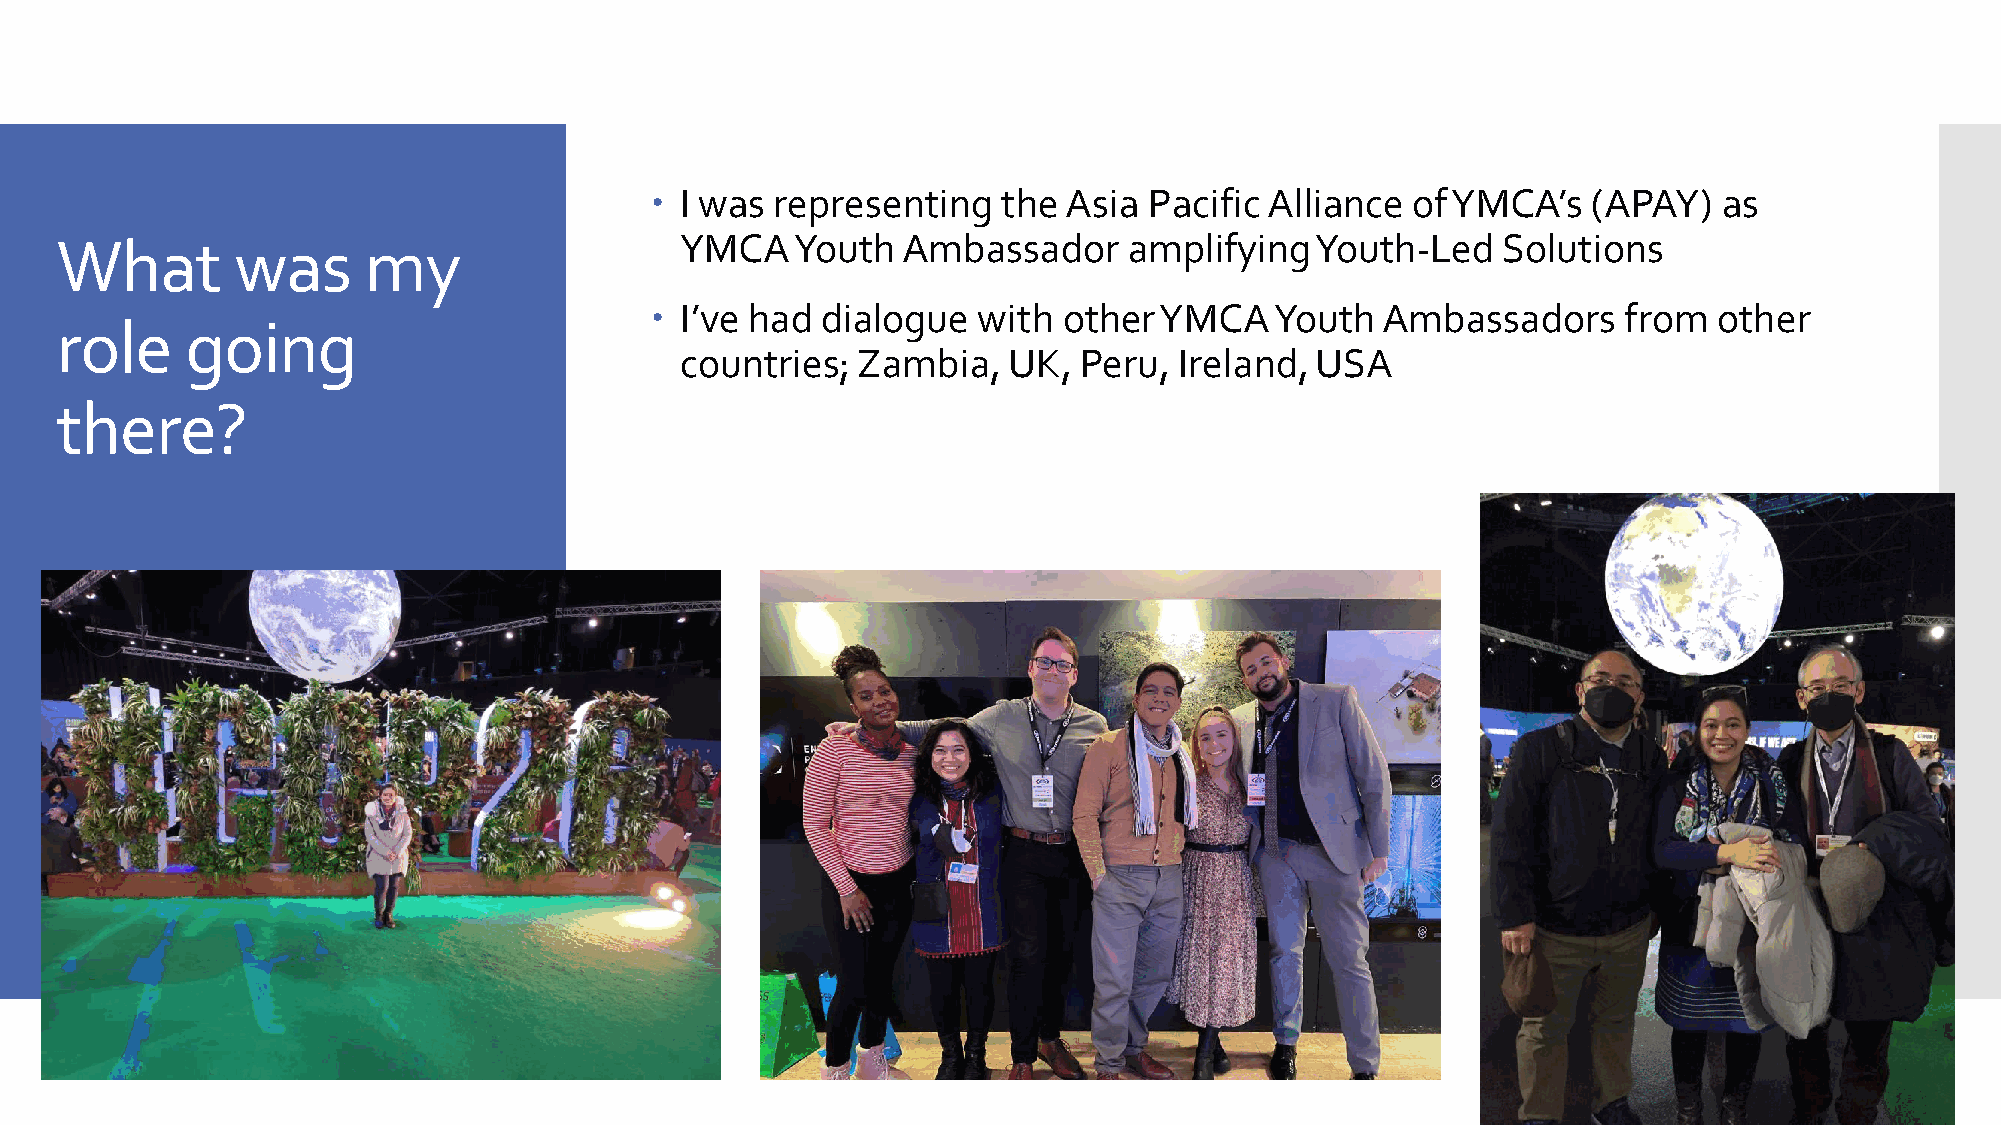
 I was representing   the  Asia Pacific Alliance of YMCA’s   (APAY)   as
 What       was      my                   YMCA    Youth  Ambassador     amplifying  Youth-Led   Solutions
  I’ve had dialogue   with other  YMCA   Youth  Ambassadors     from   other
 role    going
 countries;  Zambia,   UK,  Peru, Ireland, USA
 there?